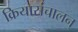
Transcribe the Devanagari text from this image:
क्रियासंचालन्